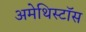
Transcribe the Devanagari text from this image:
अमेथिस्टॉस